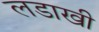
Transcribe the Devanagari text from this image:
लडाखी